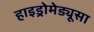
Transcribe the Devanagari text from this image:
हाइड्रोमेड्यूसा